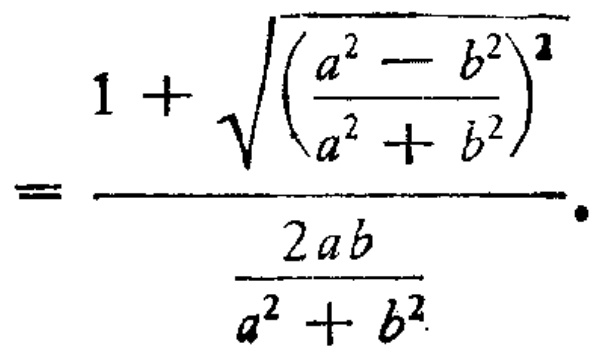
\[
=\frac{1 + \sqrt{\left(\frac{a^{2} - b^{2}}{a^{2} + b^{2}}\right)^{2}}}{\frac{2ab}{a^{2} + b^{2}}}.
\]